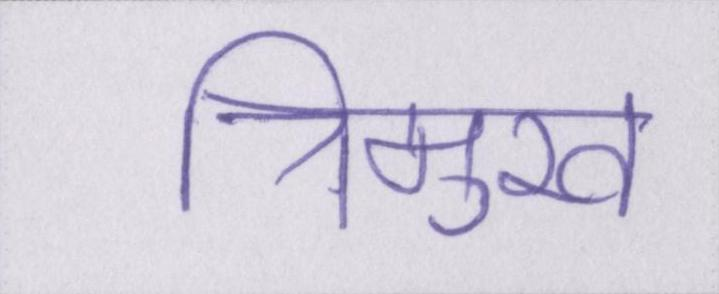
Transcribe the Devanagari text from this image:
त्रिमुख